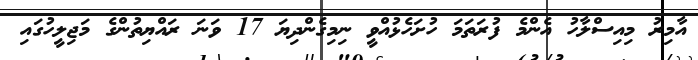
އާމިރު މިއިސްލާހު އެންމެ ފުރަތަމަ ހުށަހެޅުއްވީ ނިމިގެންދިޔަ 17 ވަނަ ރައްޔިތުންގެ މަޖިލީހުގައި